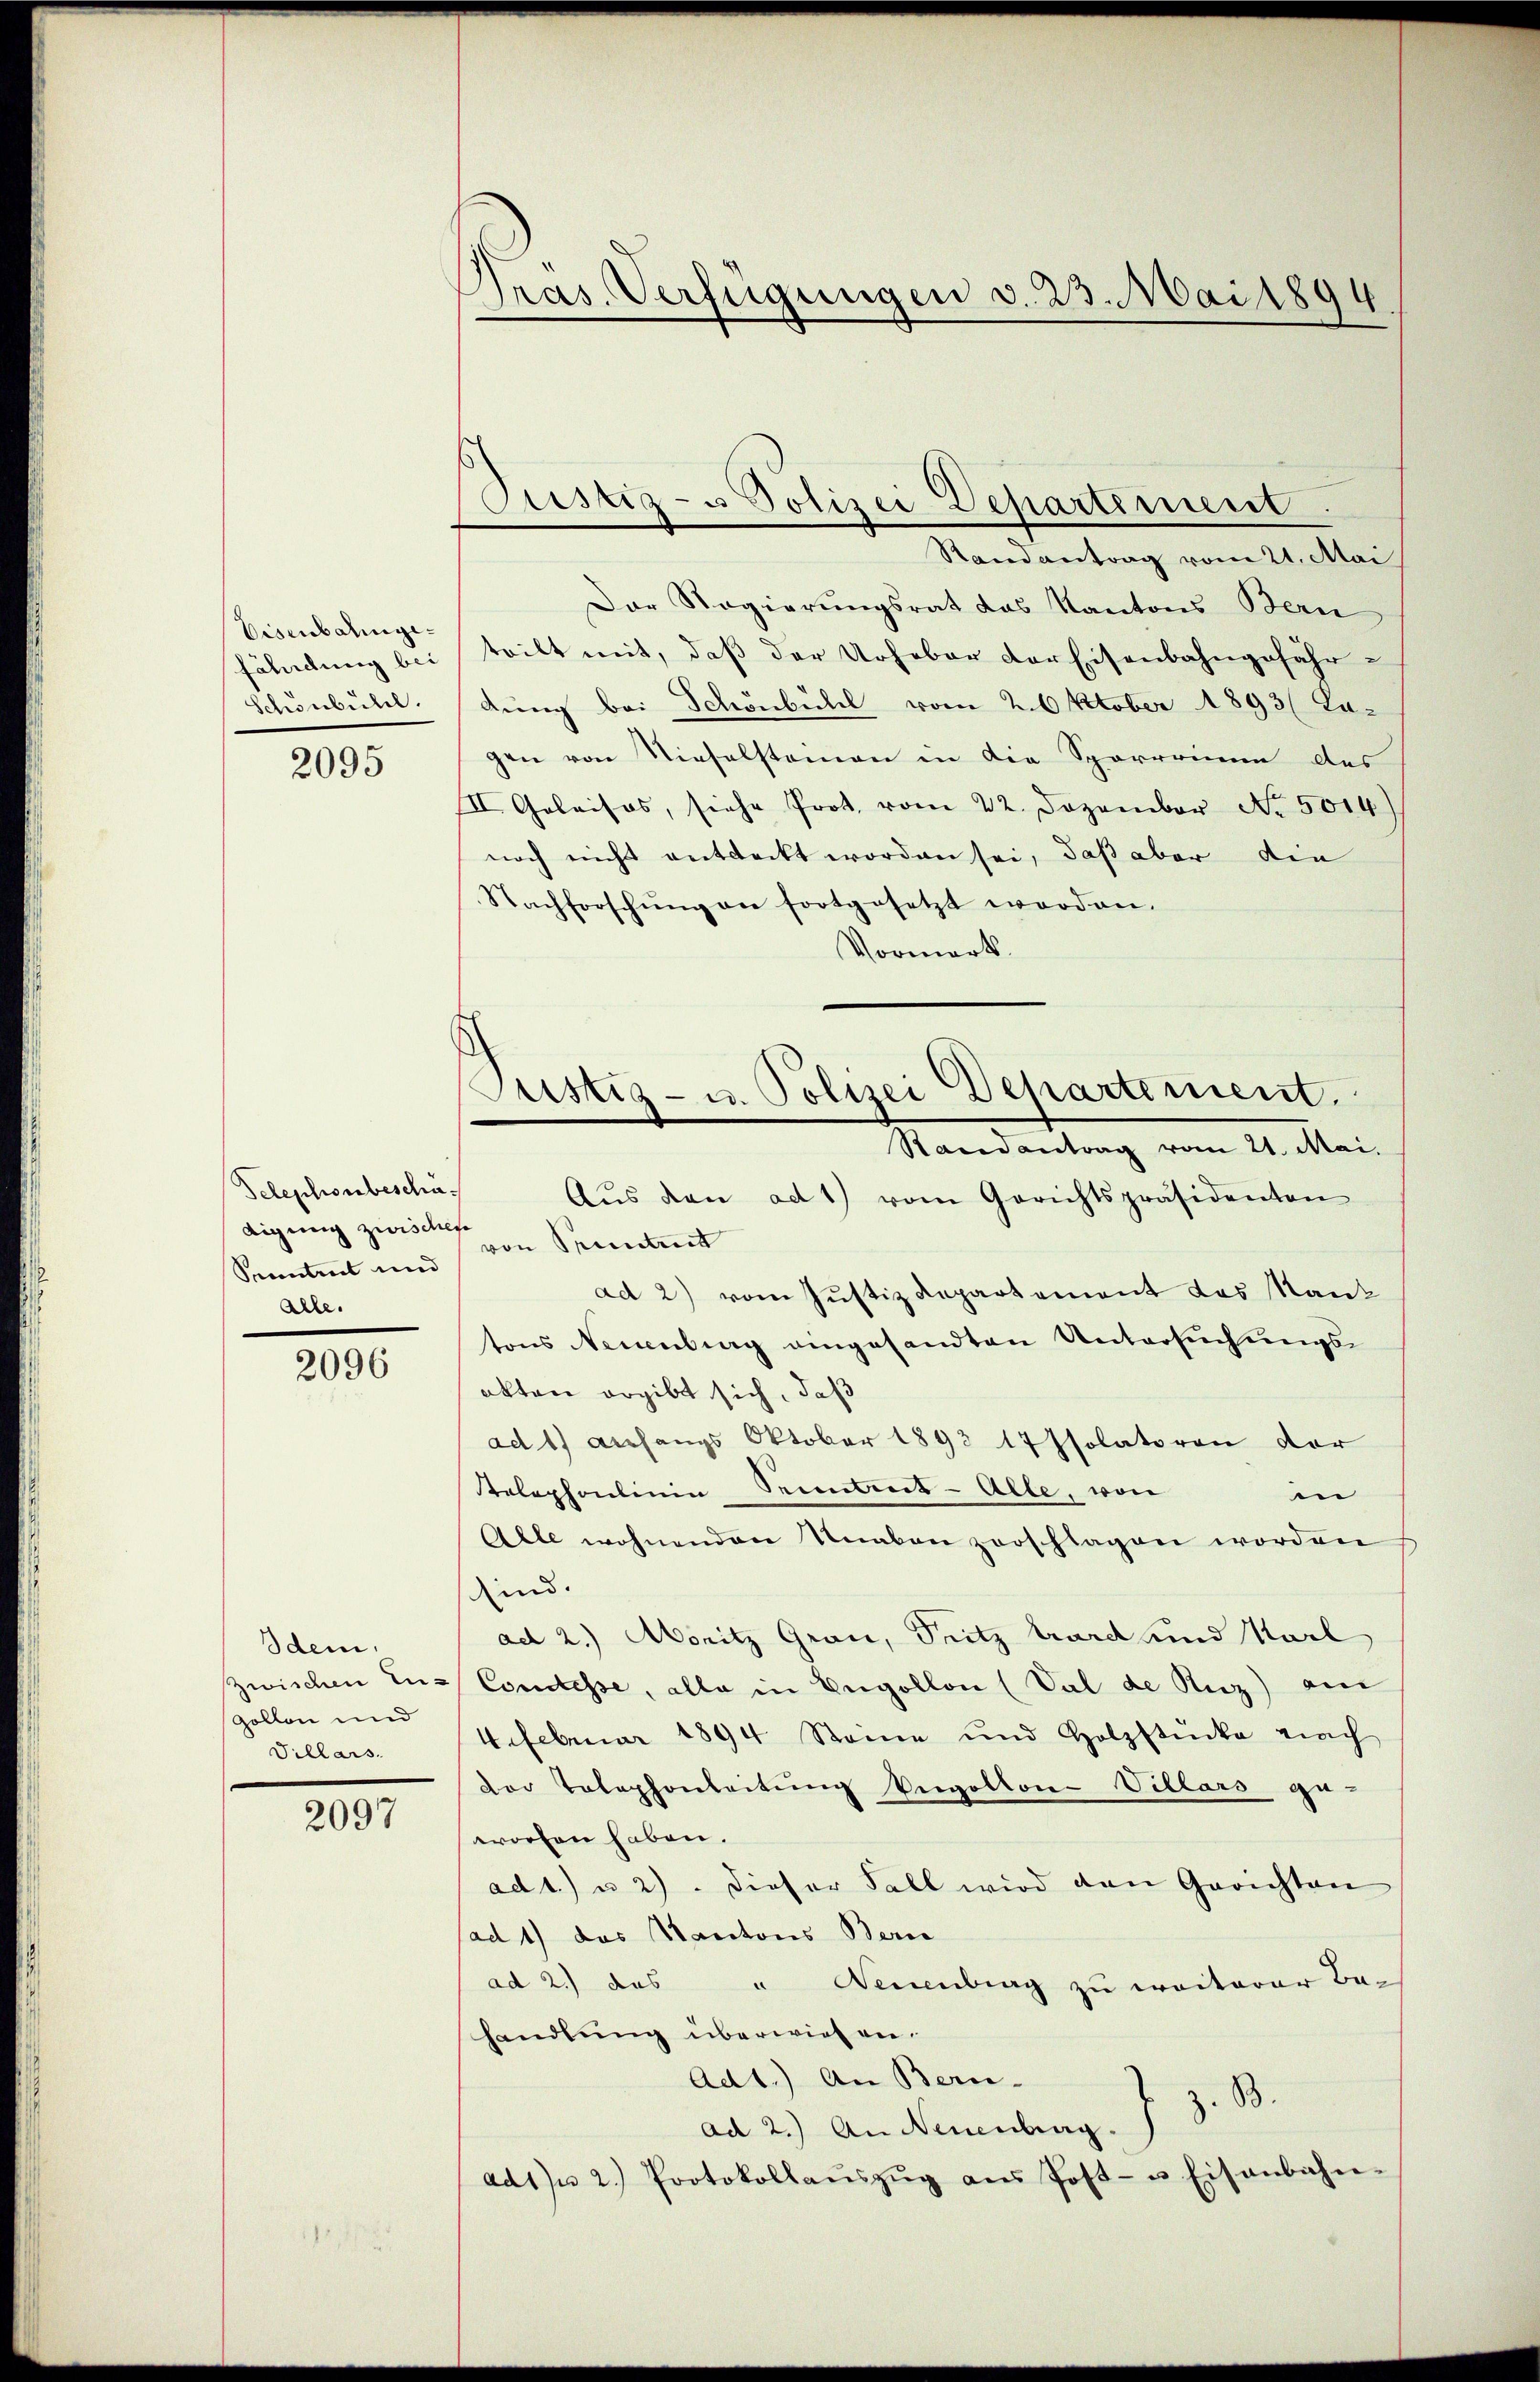
Eisenbalingefährdung bei
Schönbulel.

2095

Telephonbeschadigung zwischer
Sementent und
alle.

2096

dem,
Zwischen En-
Zollen und
Villars.

2097

Pras. Verfügungen v. 23. Mai 1894

Justiz- u Polizei Departement

ustiz- u. Polizei Departement.
Randantrag vom 21. Mai.

Randantrag vom 21. Mai
Der Regierungsrat das Kantons Bern
teilt mit, daβ der Urheber der Eisenbahngefährdung bei Schönbühl vom 2. Oktober 1893 (Lu-
gen von Nieselsteinen in die Sporrrimum des
II. Geleises, siche Prot. vom 22. Dezember No. 5014.)
noch nicht entdeckt worden sei, daß aber die
Nachforschŭng an fortgesetzt worden.
Vormerk.
Aŭs den ad 1) vom Gerichtspräsidenten
von Pruntrut
ad 2) vom Justiz Repartement das Kantons Neuenburg angesandten Untersuchungsakten ergibt sich, daß
ad 1) Anfangs Oktober 1893 17 Isolatoren der
Telephonlinie Seientent - Alle, von
i
Alle wohnenden Knaben zerschlagen worden
sind.
ad 2.) Monitz Grau, Seitz Grard und Karl
Conclusse, alle in Engellon (Val de Ruz) am
4.Februar 1894 Stone und Holzstücke nach
Der Telephonleitŭng Pegolton-Villars ge-
worfen haben.
ad 1.) u. 2). Dieser Fall wird den Gerichten
ad 1) das Kantons Beric
ad 2.) das " Neuenburg zu weiterer Be-
handlung überwiesen.
Ad1.) An Bern-
Z. B.
ad 2.) An Neuenburg.
ad1n 2. Protokollaŭszŭg aŭs Post- u Eisenbahn-